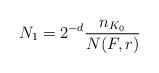
LaTeX: \begin{align*}N_1= 2^{-d} \frac{n_{K_0}}{N(F,r)}\end{align*}